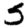
Digit: 5